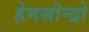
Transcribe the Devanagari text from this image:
हेमसोन्द्रो